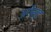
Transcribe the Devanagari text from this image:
अगेंस्‍ट